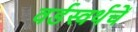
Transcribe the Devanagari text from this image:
वर्डस्वर्थचें